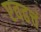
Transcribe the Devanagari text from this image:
एवढचं